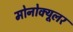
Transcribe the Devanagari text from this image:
मोनोक्यूलर